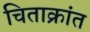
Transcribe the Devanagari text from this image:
चिताक्रांत